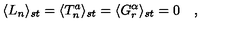
\langle L _ { n } \rangle _ { s t } = \langle T _ { n } ^ { a } \rangle _ { s t } = \langle G _ { r } ^ { \alpha } \rangle _ { s t } = 0 \quad ,